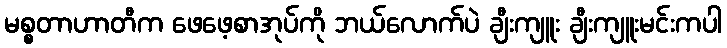
မစ္စတာဟာတီက ဖေဖေ့စာအုပ်ကို ဘယ်လောက်ပဲ ချီးကျူး ချီးကျူးမင်းကပါ